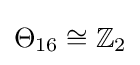
\Theta _{16}\cong \mathbb {Z} _{2}